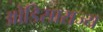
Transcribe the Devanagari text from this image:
ओडिसाराज्य